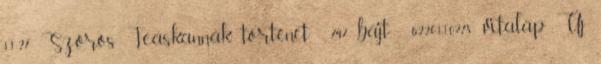
11:27 ‎Szőrös Teáskannák történet ‎ 747 bájt ‎62.201.102.78 vitalap Új